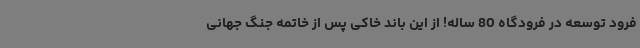
فرود توسعه در فرودگاه 80 ساله! از این باند خاکی پس از خاتمه جنگ جهانی